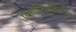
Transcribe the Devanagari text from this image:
एनाफिलैक्टॉयड